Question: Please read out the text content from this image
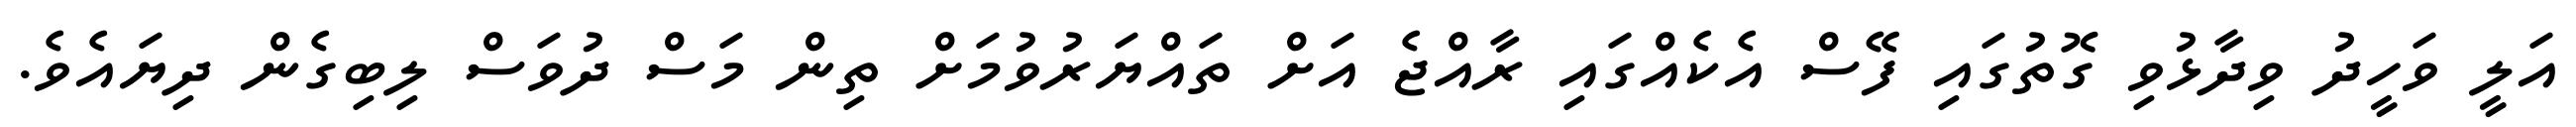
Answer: އަލީ ވަހީދު ވިދާޅުވި ގޮތުގައި ފޭސް އެކެއްގައި ރާއްޖެ އަށް ތައްޔަރުވުމަށް ތިން މަސް ދުވަސް ލިބިގެން ދިޔައެވެ.